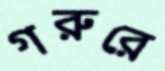
গরুরে